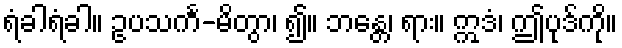
ရံခါရံခါ။ ဥပသင်္က-မိတွာ၊ ၍။ ဘန္တေ၊ ရား။ ဣဒံ၊ ဤပုဒ်ကို။